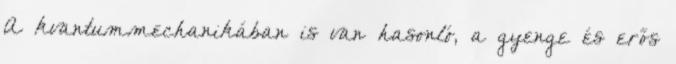
A kvantummechanikában is van hasonló, a gyenge és erős